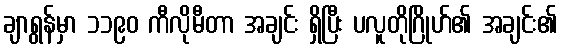
ချာရွန်မှာ ၁၁၉၀ ကီလိုမီတာ အချင်း ရှိပြီး ပလူတိုဂြိုဟ်၏ အချင်း၏